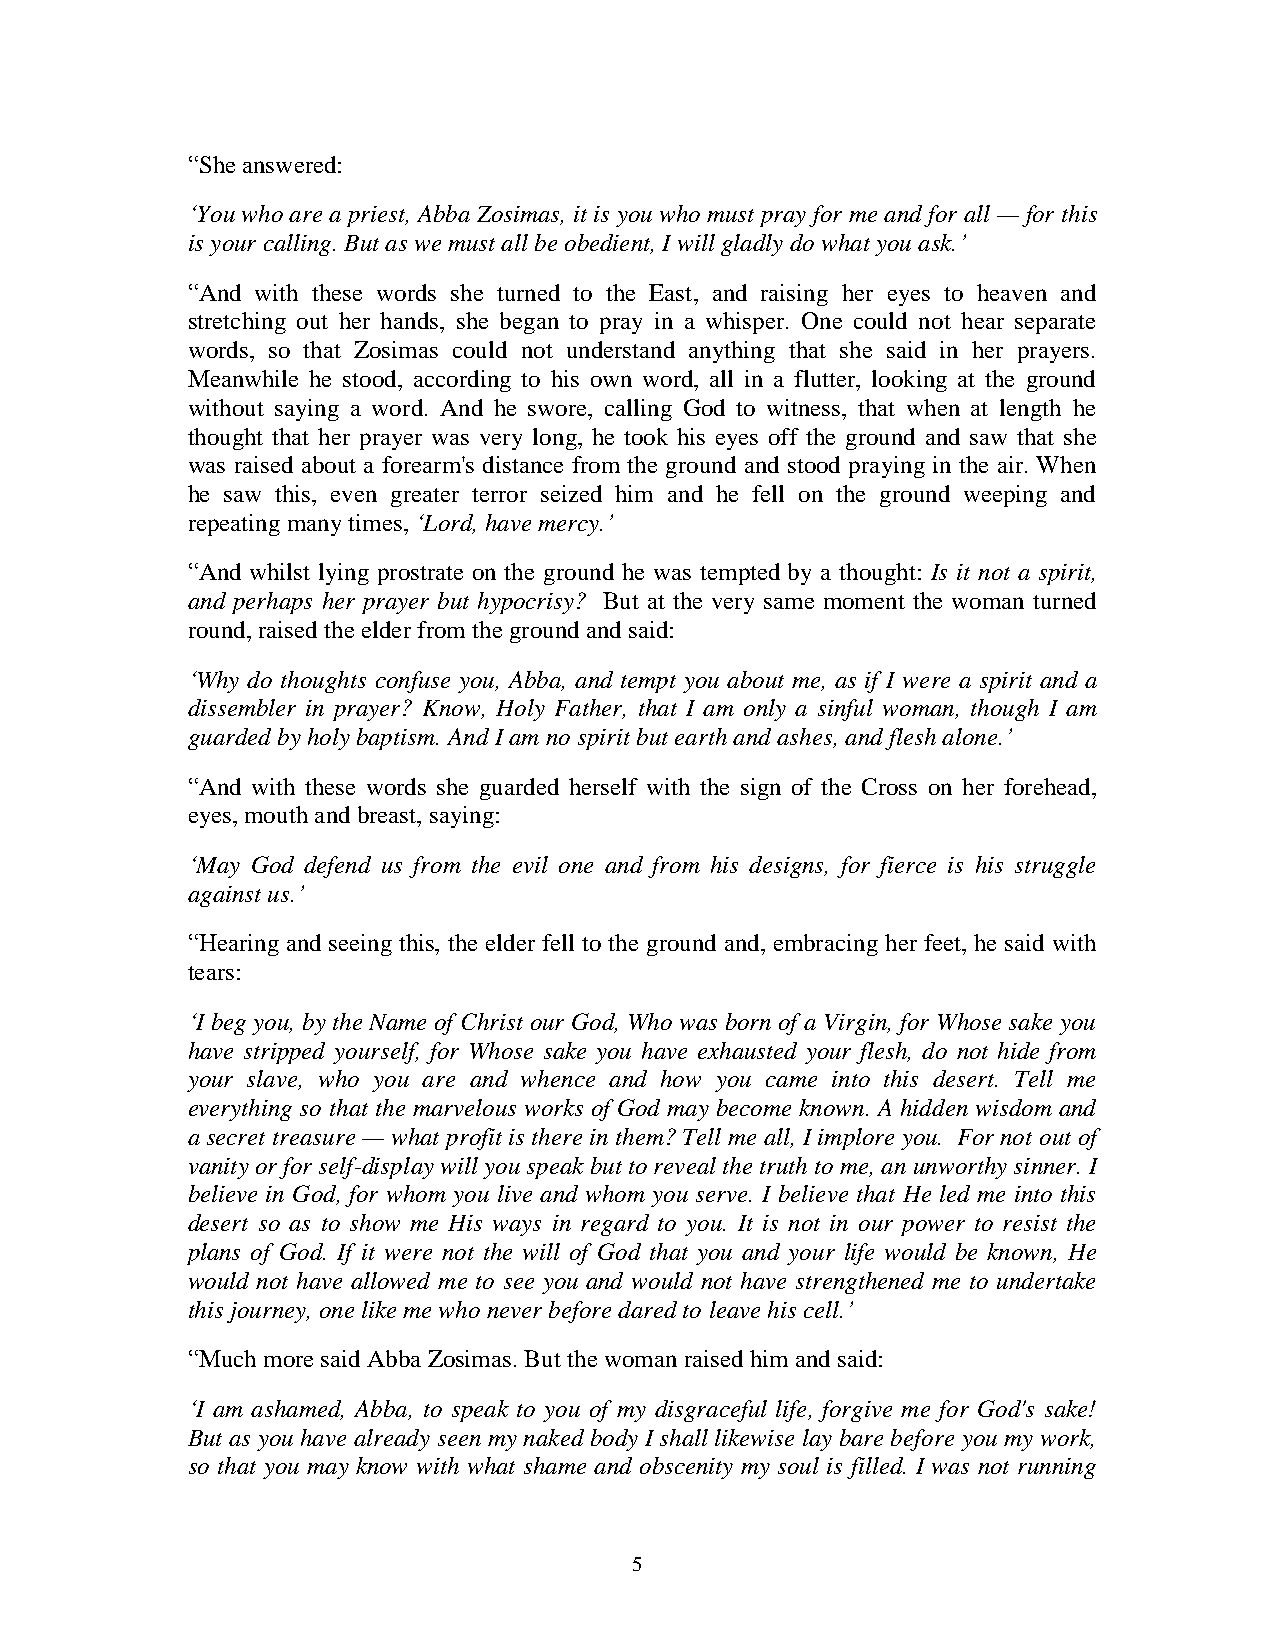
“She answered:
 ‘You who are a priest, Abba Zosimas, it is you who must pray for me and for all — for this
 is your calling. But as we must all be obedient, I will gladly do what you ask.’
 “And with these words she turned to the East, and raising her eyes to heaven and
 stretching out her hands, she began to pray in a whisper. One could not hear separate
 words, so that Zosimas could not understand anything that she said in her prayers.
 Meanwhile he stood, according to his own word, all in a flutter, looking at the ground
 without saying a word. And he swore, calling God to witness, that when at length he
 thought that her prayer was very long, he took his eyes off the ground and saw that she
 was raised about a forearm's distance from the ground and stood praying in the air. When
 he saw this, even greater terror seized him and he fell on the ground weeping and
 repeating many times, ‘Lord, have mercy.’
 “And whilst lying prostrate on the ground he was tempted by a thought: Is it not a spirit,
 and perhaps her prayer but hypocrisy? But at the very same moment the woman turned
 round, raised the elder from the ground and said:
 ‘Why do thoughts confuse you, Abba, and tempt you about me, as if I were a spirit and a
 dissembler in prayer? Know, Holy Father, that I am only a sinful woman, though I am
 guarded by holy baptism. And I am no spirit but earth and ashes, and flesh alone.’
 “And with these words she guarded herself with the sign of the Cross on her forehead,
 eyes, mouth and breast, saying:
 ‘May God defend us from the evil one and from his designs, for fierce is his struggle
 against us.’
 “Hearing and seeing this, the elder fell to the ground and, embracing her feet, he said with
 tears:
 ‘I beg you, by the Name of Christ our God, Who was born of a Virgin, for Whose sake you
 have stripped yourself, for Whose sake you have exhausted your flesh, do not hide from
 your slave, who you are and whence and how you came into this desert. Tell me
 everything so that the marvelous works of God may become known. A hidden wisdom and
 a secret treasure — what profit is there in them? Tell me all, I implore you. For not out of
 vanity or for self-display will you speak but to reveal the truth to me, an unworthy sinner. I
 believe in God, for whom you live and whom you serve. I believe that He led me into this
 desert so as to show me His ways in regard to you. It is not in our power to resist the
 plans of God. If it were not the will of God that you and your life would be known, He
 would not have allowed me to see you and would not have strengthened me to undertake
 this journey, one like me who never before dared to leave his cell.’
 “Much more said Abba Zosimas. But the woman raised him and said:
 ‘I am ashamed, Abba, to speak to you of my disgraceful life, forgive me for God's sake!
 But as you have already seen my naked body I shall likewise lay bare before you my work,
 so that you may know with what shame and obscenity my soul is filled. I was not running
 5